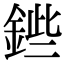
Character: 𨧥